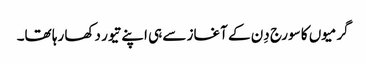
گرمیوں کا سورج دِن کے آغاز سے ہی اپنے تیور دکھا رہا تھا۔